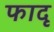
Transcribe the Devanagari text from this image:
फादृ